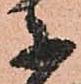
于